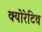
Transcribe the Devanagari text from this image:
क्योरेटिव